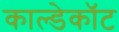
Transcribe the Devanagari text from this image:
काल्डेकॉट